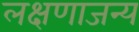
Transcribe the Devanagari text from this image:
लक्षणाजन्य